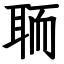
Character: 聏